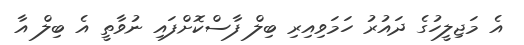
އެ މަޖިލީހުގެ ދައުރު ހަމަވިއިރި ބިލް ފާސްކޮށްފައި ނުވާތީ އެ ބިލް އާ